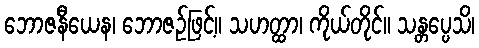
ဘောဇနီယေန၊ ဘောဇဉ်ဖြင့်။ သဟတ္ထာ၊ ကိုယ်တိုင်။ သန္တပ္ပေသိ၊